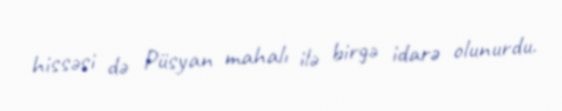
hissəsi də Püsyan mahalı ilə birgə idarə olunurdu.